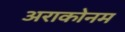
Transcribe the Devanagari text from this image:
अराकोनम